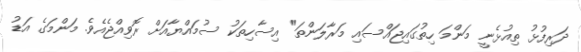
ދަރިފުޅު ތިއުޅެނީ މަންމަ ހިތުގައިޖައްސައި މަރާލަންތަ" އިސާހިތަކު ސުމައްޔާއަށް ރޮވިއްޖެއެވެ. މަންމަގެ އަޑު